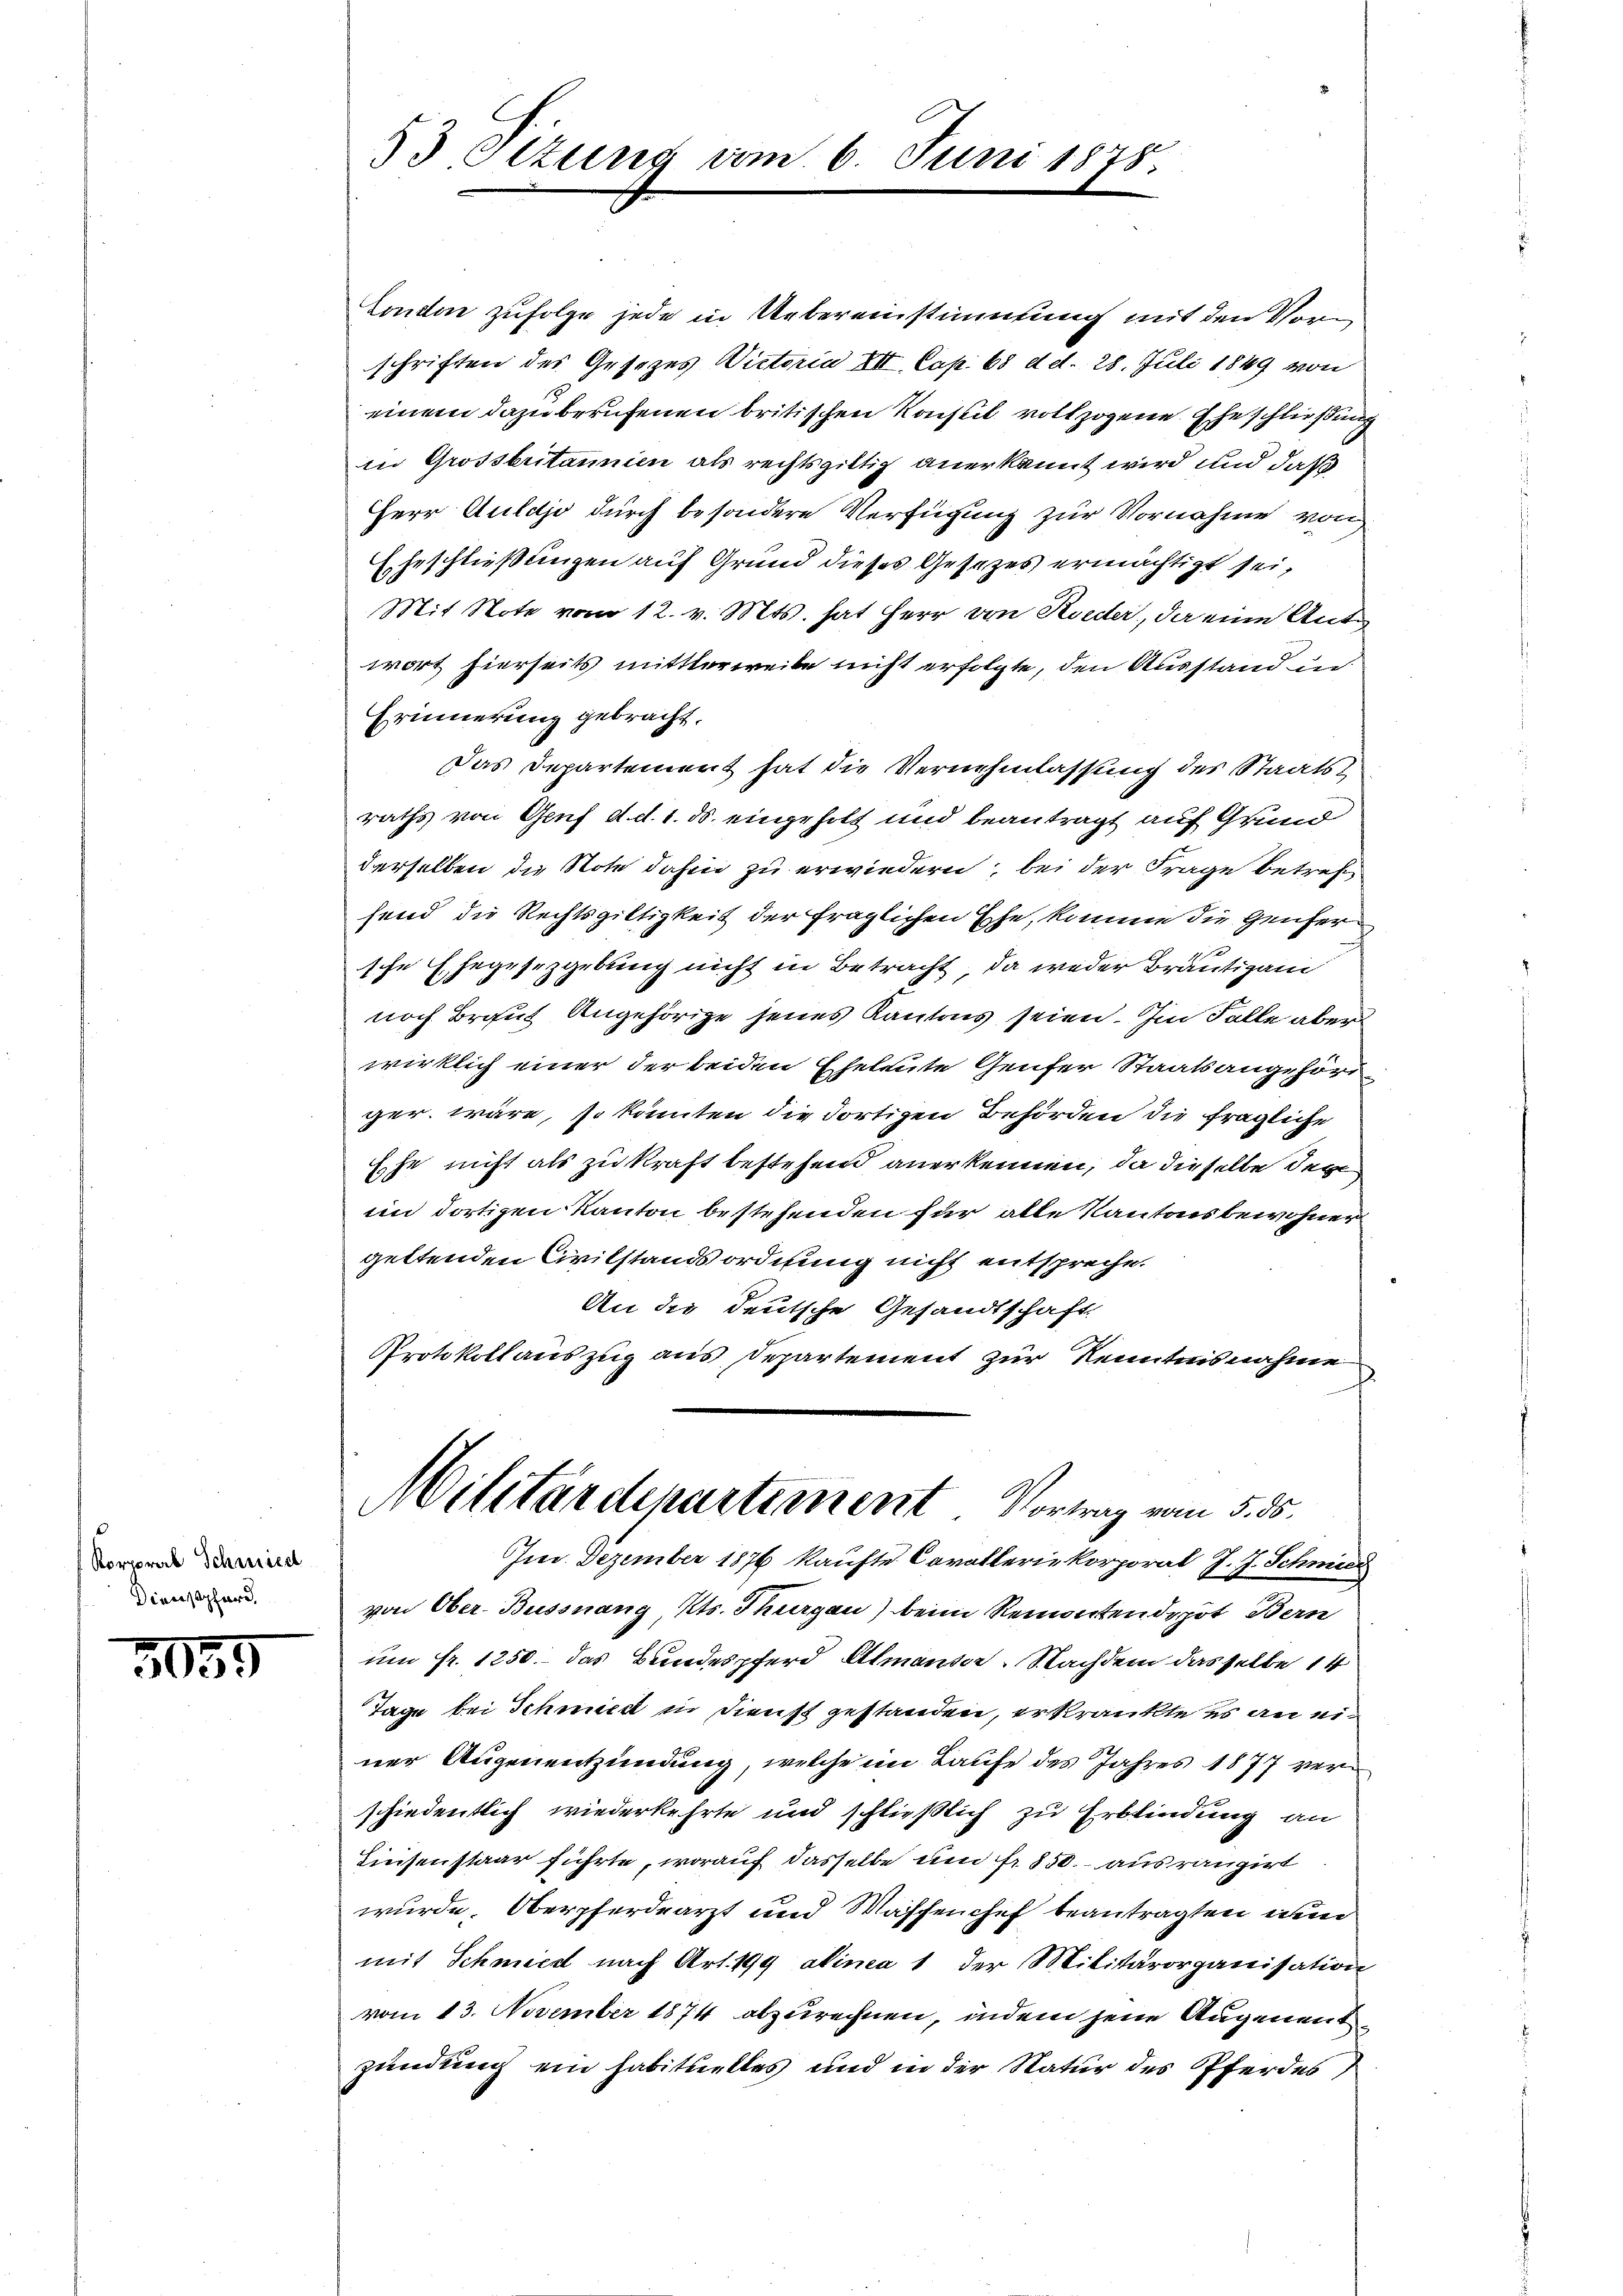
Korporal Schmied
Dienstphäre,

3055

53 Etzung vom 6. Juni 1878.

Condon zufolge jede in Uebereinstimmung mit den Vorschriften des Gesetzes Victoria XII. Cap. 68 d. d. 28. Juli 1889 von
einem dazu berufenen britischen Konsul vollzogene Eheschließung
in Grossbritannien als rechtsgiltig anerkannt wird und daß
Herr Aulajo durch besondere Verfügung zur Vornahme von
Eheschließungen auf Grund dieses Gesetzes ermächtigt sei,
Mit Note vom 12. v. Mts. hat Herr von Rieder, da eine Anto
wort hierseits mitterweite nicht erfolgte, den Ausstand in
Erinnerung gebracht.
Das Departement hat die Vernehmlassung des Staatsraths von Genf d. d. 1. ds. eingeholt und beantragt auf Grund
derselben die Note dahin zu erwiedern, bei der Frage betref
fend die Rechtsgültigkeit der fraglichen Ehe, komme die Genfer
sche Ehegesetzgebung nicht in Betracht, da weder Bräutigam
noch Braut Angehörige jenes Kantons seien. Im Falle aber
wirklich einer der beiden Eheleute Genfer Staatsangehörd
ger wäre, so könnten die dortigen Behörden die fragliche
Ehe nicht als zu kraft bestehend anerkennen, da dieselbe der
im dortigen Kanton bestehenden für alle Kantonsbewohner
gettenden Civilstandsordnung nicht entspreche.
An die deutsche Gesandtschaft,
Protokollauszug aus Departement zur Kenntnisnahme

Militärdepartement Vortrag vom 5. ds.

Im Dezember 1876 kaufte Cavalleriekorporat J. J. Schmied
von Ober-Bussnang, Kts. Thurgau) beim Remonten depot Bern
um fr. 1250. das Bundespferd Almanter. Nachdem dasselbe 14
Tage bei Schmied in Dienst gestanden, erkrankte es an einer Augenentzündung, welche im Laufe des Jahres 1877 verschiedentlich wiederkehrte und schließlich zu Erblindung an
Linsenstaar führte, worauf dasselbe und fr. 850. ausrangirt
wurde. Oberpferdearzt und Maschenchef beantragten nun
mit Schmied nach Art. 199 alinea 1 der Militärorganisation
vom 13. November 1874 abzurechnen, indem jene Augenennt
zündung ein habituelles und in der Natur des Pferdes